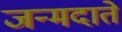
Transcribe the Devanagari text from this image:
जन्मदाते